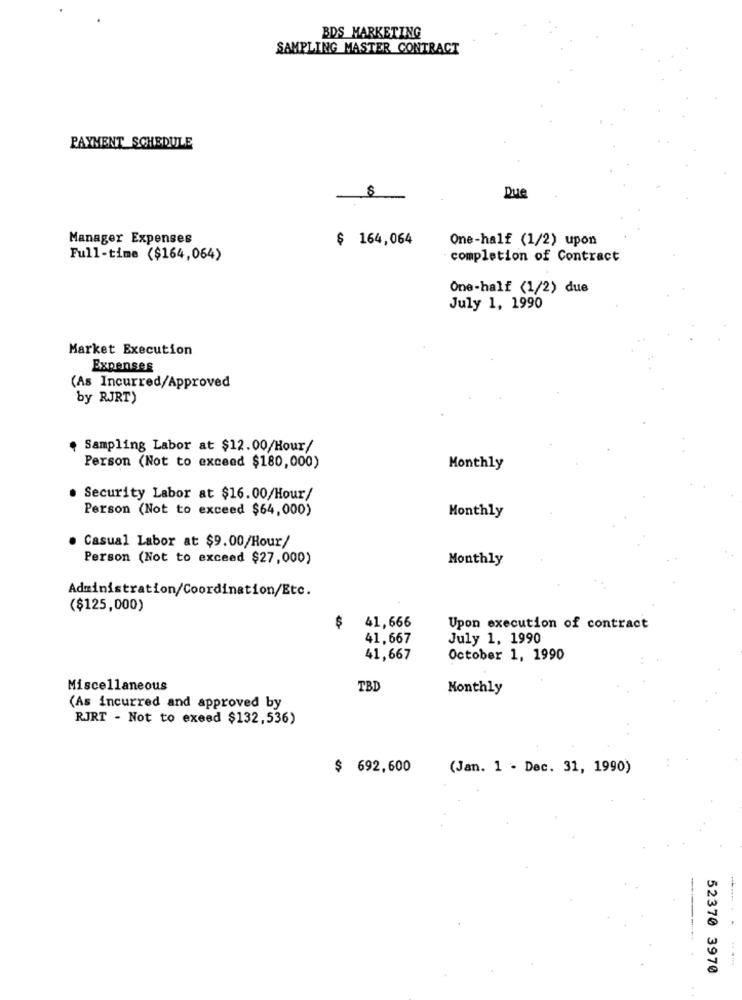
BDS MARKETING
SAMPLING MASTER CONTRACT
PAYMENT_SCHEDULE
Due
Manager Expenses
$ 164,064
One-half (1/2) upon
Full-time ($164,064)
completion of Contract
One-half (1/2) due
July 1, 1990
Market Execution
Expenses
(As Incurred/Approved
by RJRT)
. Sampling Labor at $12.00/Hour/
Person (Not to exceed $180,000)
Monthly
Security Labor at $16.00/Hour/
Person (Not to exceed $64,000)
Monthly
Casual Labor at $9.00/Hour/
Person (Not to exceed $27,000)
Monthly
Administration/Coordination/Etc.
($125,000)
$
41,666
Upon execution of contract
41,667
July 1, 1990
41,667
October 1, 1990
Miscellaneous
TBD
Monthly
(As incurred and approved by
RJRT - Not to exeed $132,536)
$ 692,600
(Jan. 1 - Dec. 31, 1990)
-
52370 3970